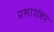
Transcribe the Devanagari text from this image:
प्रभाशंकर